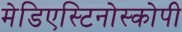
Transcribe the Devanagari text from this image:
मेडिएस्टिनोस्कोपी